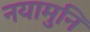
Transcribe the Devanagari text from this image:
नयामुनि